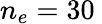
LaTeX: n_{e}=30\